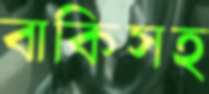
বাকিসহ